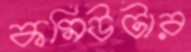
কমিউটার